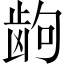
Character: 𱌮